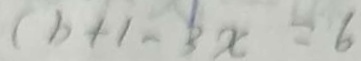
b + 1 - 3 x = 6